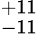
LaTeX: ^{+11}_{-11}